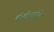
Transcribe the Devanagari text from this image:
बोलीभाषेचे